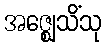
အဇ္ဈေသိံသု